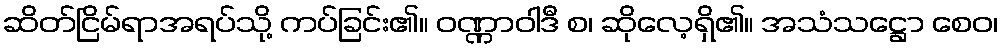
ဆိတ်ငြိမ်ရာအရပ်သို့ ကပ်ခြင်း၏။ ဝဏ္ဏာဝါဒီ စ၊ ဆိုလေ့ရှိ၏။ အသံသဋ္ဌော စေဝ၊